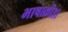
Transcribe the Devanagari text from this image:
भाषाक्रीडा